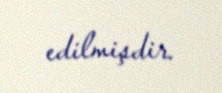
edilmişdir.